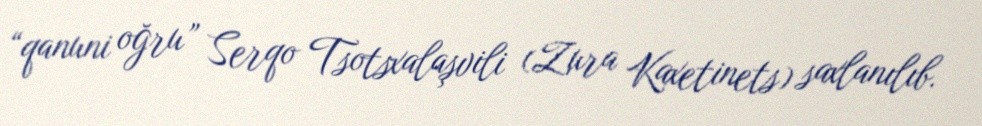
“qanuni oğru” Serqo Tsotsxalaşvili (Zura Kaxetinets) saxlanılıb.